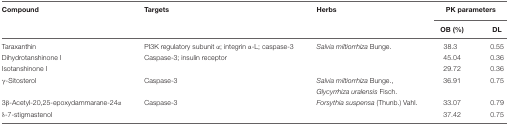
<table><thead><tr><td><b>Compound</b></td><td><b>Targets</b></td><td><b>Herbs</b></td><td colspan="2"><b>PK parameters</b></td></tr><tr><td></td><td></td><td></td><td><b>OB (%)</b></td><td><b>DL</b></td></tr></thead><tbody><tr><td>Taraxanthin</td><td>PI3K regulatory subunit α; integrin α-L; caspase-3</td><td><i>Salvia miltiorrhiza</i> Bunge.</td><td>38.3</td><td>0.55</td></tr><tr><td>Dihydrotanshinone I</td><td>Caspase-3; insulin receptor</td><td></td><td>45.04</td><td>0.36</td></tr><tr><td>Isotanshinone I</td><td></td><td></td><td>29.72</td><td>0.36</td></tr><tr><td>γ-Sitosterol</td><td>Caspase-3</td><td><i>Salvia miltiorrhiza</i> Bunge.,</td><td>36.91</td><td>0.75</td></tr><tr><td></td><td></td><td><i>Glycyrrhiza uralensis</i> Fisch.</td><td></td><td></td></tr><tr><td>3β-Acetyl-20,25-epoxydammarane-24α</td><td>Caspase-3</td><td><i>Forsythia suspensa</i> (Thunb.) Vahl.</td><td>33.07</td><td>0.79</td></tr><tr><td>δ-7-stigmastenol</td><td></td><td></td><td>37.42</td><td>0.75</td></tr></tbody></table>